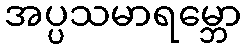
အပ္ပသမာရမ္ဘော